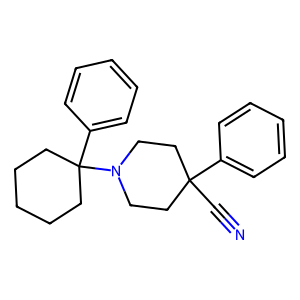
SMILES: N#CC1(c2ccccc2)CCN(C2(c3ccccc3)CCCCC2)CC1
Inhibits HIV replication: No